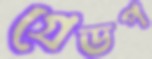
গ্রেডপ